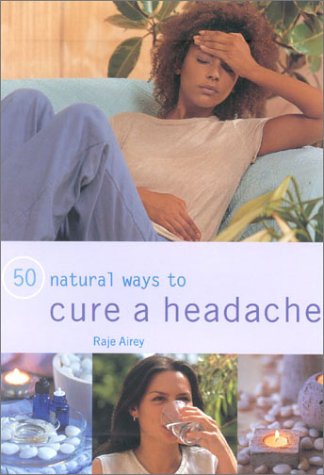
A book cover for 50 Natural Ways to Cure a Headache; Raje Airey; Health, Fitness & Dieting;